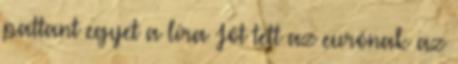
pattant egyet a líra Jót tett az eurónak az